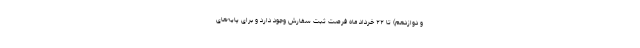
و دوازدهم) تا ۲۲ خرداد ماه فرصت ثبت سفارش وجود دارد و برای پایه‌های